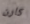
كارن